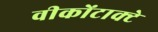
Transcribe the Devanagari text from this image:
वीकोंटाक्टे